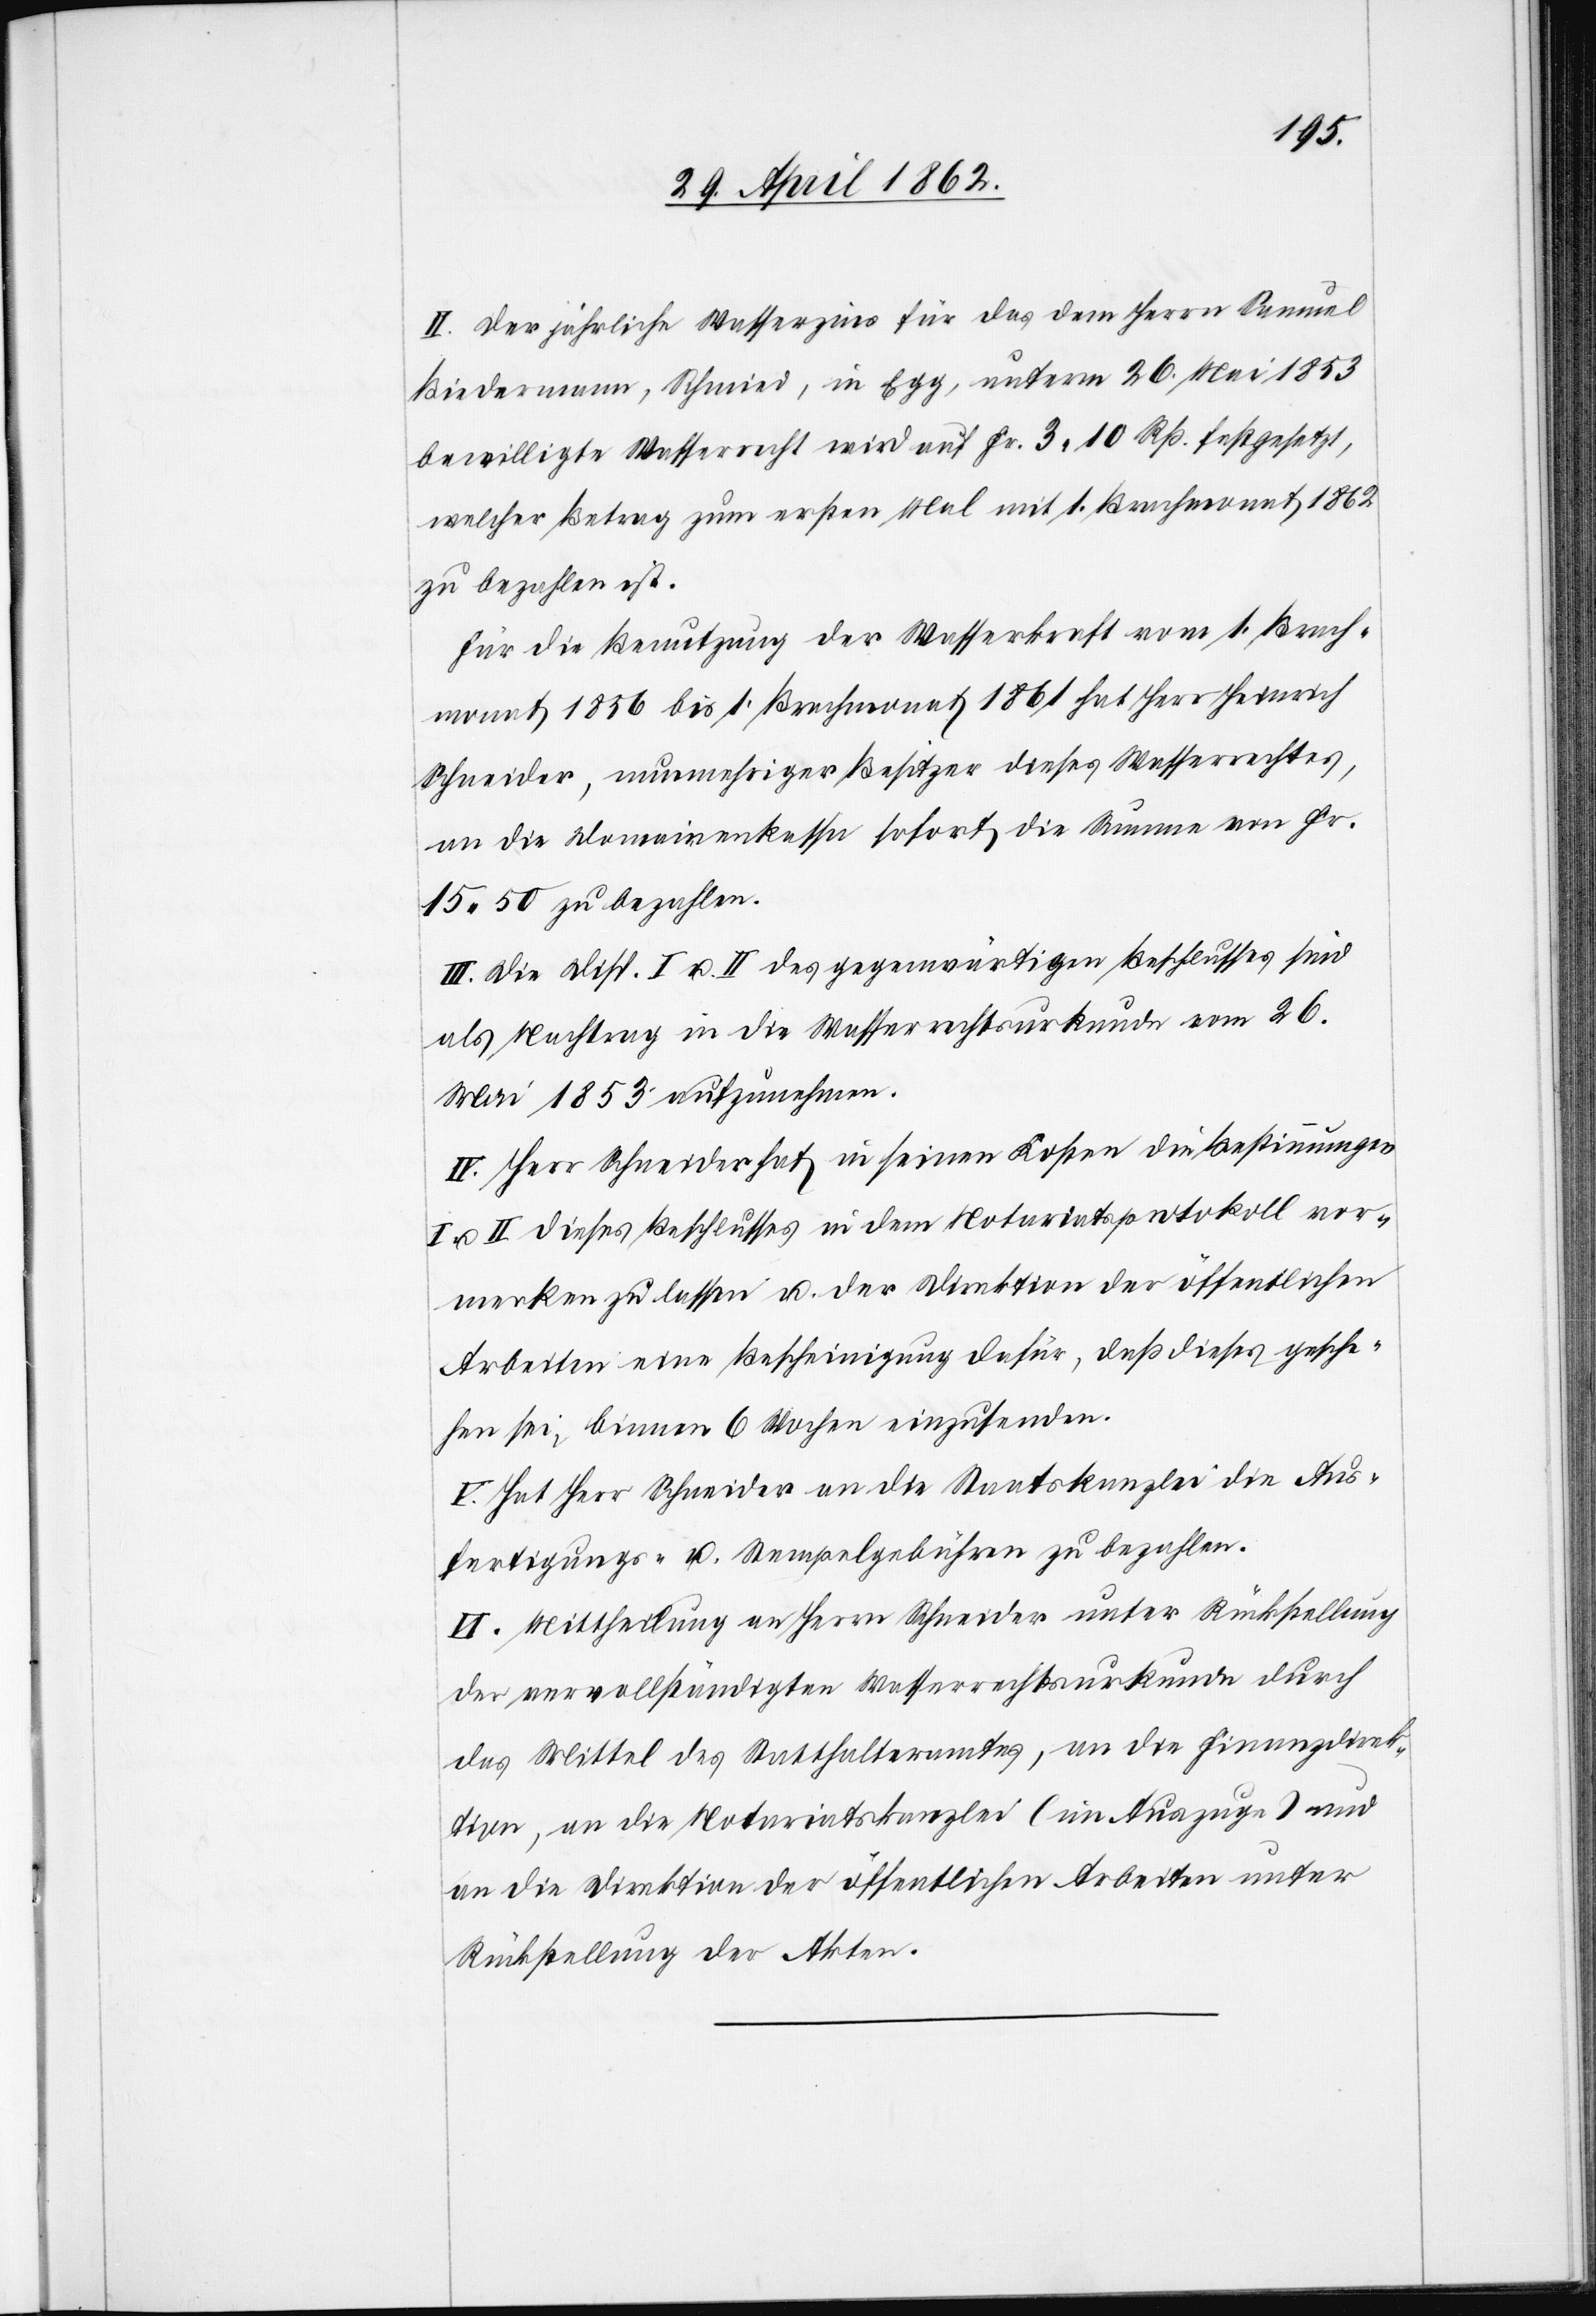
II. Der jährliche Wasserzins für das dem Herrn Samuel
Biedermann, Schmied, in Egg, unterm 26. Mai 1853
bewilligte Wasserrecht wird auf Fr. 3 10 Rp. festgesetzt,
welcher Betrag zum ersten Mal mit 1. Brachmonat 1862
zu bezahlen ist.
Für die Benutzung der Wasserkraft vom 1. Brach¬
monat 1856 bis 1. Brachmonat 1861 hat Herr Heinrich
Schneider, nunmehriger Besitzer dieses Wasserrechtes,
an die Domainenkassa sofort die Summe von Fr.
15,50 zu bezahlen.
III. Die Disp. I u. II des gegenwärtigen Beschlusses sind
als Nachtrag in die Wasserrechtsurkunde vom 26.
Mai 1853 aufzunehmen.
IV. Herr Schneider hat in seinen Kosten die Bestimmungen
I u. II dieses Beschlusses in dem Notariatsprotokoll vor¬
merken zu lassen u. der Direktion der öffentlichen
Arbeiten eine Bescheinigung dafür, daß diess gesche¬
hen sei, binnen 6 Wochen einzusenden.
V. Hat Herr Schneider an die Staatskanzlei die Aus¬
fertigungs- u. Stempelgebühren zu bezahlen.
VI. Mittheilung an Herrn Schneider unter Rückstellung
der vervollständigten Wasserrechtsurkunde durch
das Mittel des Statthalteramtes, an die Finanzdirek¬
tion, an die Notariatskanzlei (im Auszuge) und
an die Direktion der öffentlichen Arbeiten unter
Rückstellung der Akten.